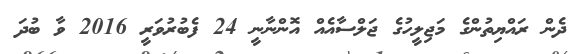
ދެން ރައްޔިތުންގެ މަޖިލީހުގެ ޖަލްސާއެއް އޮންނާނީ 24 ފެބުރުވަރީ 2016 ވާ ބުދަ